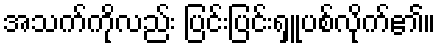
အသက်ကိုလည်း ပြင်းပြင်းရှူပစ်လိုက်၏။